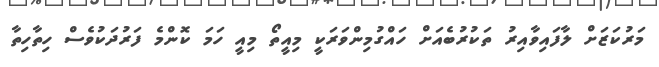
މަރުކަޒަށް ލާފައިވާއިރު ތަކުރުބެއަށް ހައްގުމިންވަރަކީ މިއީތޯ މިއީ ހަމަ ކޮންމެ ފަރުދަކުވެސް ހިތާހިތާ